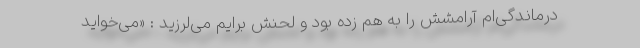
درماندگی‌ام آرامشش را به هم زده بود و لحنش برایم می‌لرزید : «می‌خواید